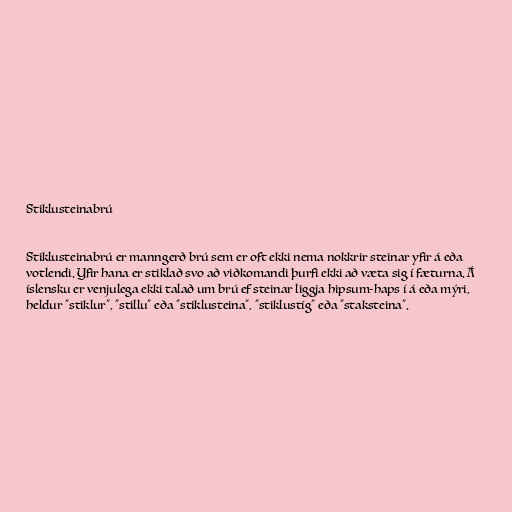
Stiklusteinabrú

Stiklusteinabrú er manngerð brú sem er oft ekki nema nokkrir steinar yfir á eða
votlendi. Yfir hana er stiklað svo að viðkomandi þurfi ekki að væta sig í fæturna. Á
íslensku er venjulega ekki talað um brú ef steinar liggja hipsum-haps í á eða mýri,
heldur "stiklur", "stillu" eða "stiklusteina", "stiklustíg" eða "staksteina".